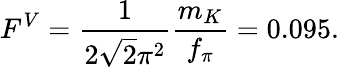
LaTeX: F^{V}={\frac{1}{2\sqrt{2}\pi^{2}}}{\frac{m_{K}}{f_{\pi}}}=0.095.